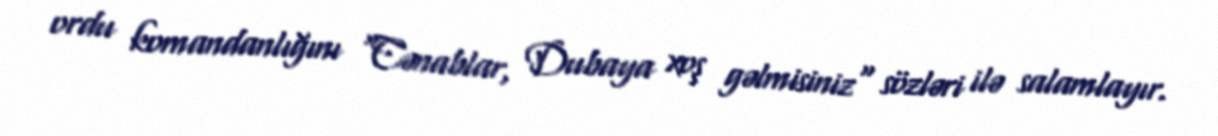
ordu komandanlığını "Cənablar, Dubaya xoş gəlmisiniz" sözləri ilə salamlayır.